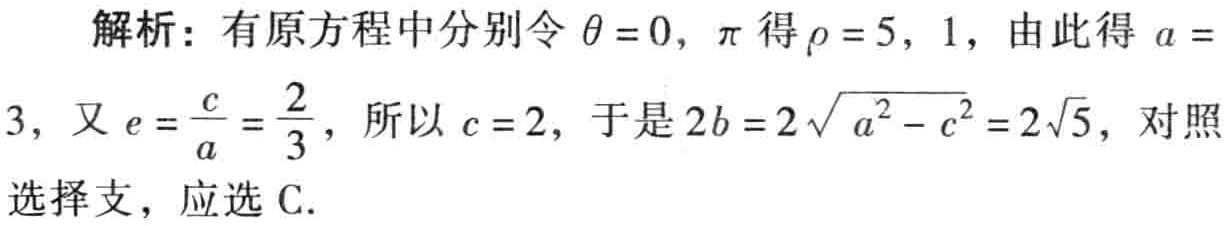
解析：有原方程中分别令\(\theta = 0,\pi\)得\(\rho = 5,1\)，由此得 \(a = 3\)，又\(e=\frac{c}{a}=\frac{2}{3}\)，所以 \(c = 2\)，于是\(2b = 2\sqrt{a^{2}-c^{2}}=2\sqrt{5}\)，对照选择支，应选 C.